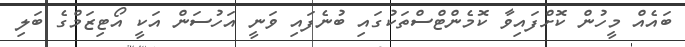
ބައެއް މީހުން ކޮށްފައިވާ ކޮމެންޓްސްތަކުގައި ބުނެފައި ވަނީ އަހުސަން އަކީ އޯޓިޒަމްގެ ބަލި